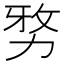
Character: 𭄯